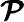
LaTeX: \boldsymbol{\mathcal{P}}